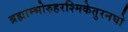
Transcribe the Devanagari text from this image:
ब्रह्माम्भोरुहरश्मिकेतुरनघो